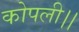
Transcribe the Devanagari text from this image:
कोपली।।